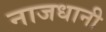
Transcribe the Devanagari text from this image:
नाजधानी